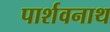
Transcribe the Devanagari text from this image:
पार्शवनाथ